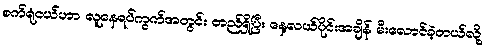
စက်ရုံငယ်ဟာ လူနေရပ်ကွက်အတွင်း တည်ရှိပြီး နေ့လယ်ပိုင်းအချိန် မီးလောင်ခဲ့တယ်လို့